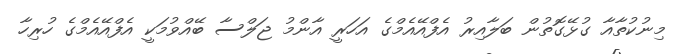
މިނުކުތާއާ ގުޅޭގޮތުން ބަލާއިރު އެފްއޭއެމްގެ އަހަރީ އާންމު ޖަލްސާ ބޭއްވުމަކީ އެފްއޭއެމްގެ ހުރިހާ